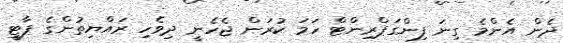
ދެން އެންމެ ގިނަ ފިންގަޕްރިންޓް ހަމަ ކުރަން ޖެހެނީ ދިވެހި ރައްޔިތުންގެ ޕާޓީ